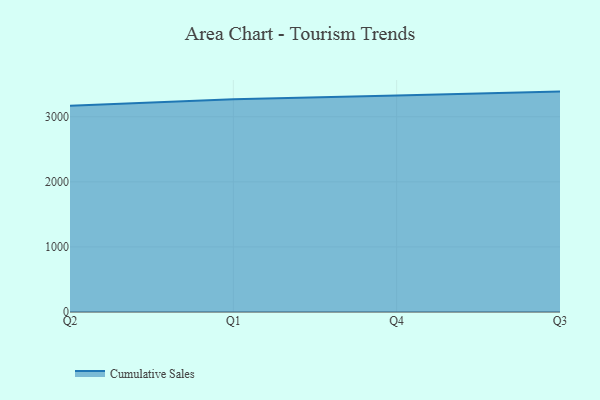
{"axis": {"x": "Quarter", "y": "Humidity (%)"}, "legend": ["Cumulative Sales"], "data": [{"x": "Q2", "y": 3169.4, "type": "Cumulative Sales"}, {"x": "Q1", "y": 3270.9, "type": "Cumulative Sales"}, {"x": "Q4", "y": 3326.1, "type": "Cumulative Sales"}, {"x": "Q3", "y": 3387.0, "type": "Cumulative Sales"}]}